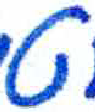
אות: ט